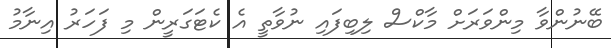
ބޭނުންވާ މިންވަރަށް މާކްސް ލިބިފައި ނުވާތީ އެ ކެޓަގަރީން މި ފަހަރު އިނާމު